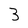
Character: 3